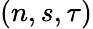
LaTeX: (n,s,\tau)